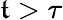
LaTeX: \mathfrak{t}>\tau